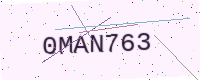
Text: 0MAN763